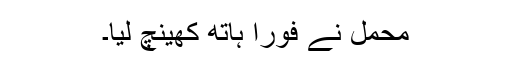
محمل نے فوراً ہاتھ کھینچ لیا۔